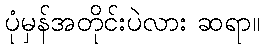
ပုံမှန်အတိုင်းပဲလား ဆရာ။